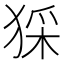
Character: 𤟖